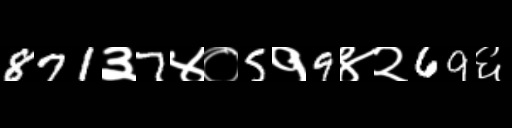
Text: 871३7४०5१9४२69६